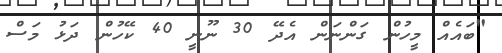
"ބައެއް މީހުން ގަންނަން އެދޭ 30 ނޫނީ 40 ކޭހުން ދަޅު މަސް